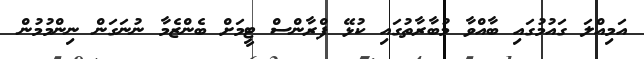
އަމިއްލަ ގައުމުގައި ބާއްވާ މުބާރާތުގައި ކުޅޭ ފްރާންސް ޓީމަށް ބެންޒެމާ ނުނަގަން ނިންމުމުން